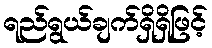
ရည်ရွယ်ချက်ရှိရှိဖြင့်